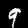
Digit: 9